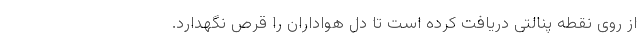
از روی نقطه پنالتی دریافت کرده است تا دل هواداران را قرص نگهدارد.